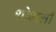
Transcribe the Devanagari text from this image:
शोभली